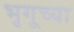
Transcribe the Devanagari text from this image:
भृगूच्या